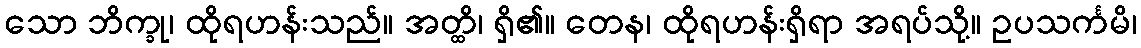
သော ဘိက္ခု၊ ထိုရဟန်းသည်။ အတ္ထိ၊ ရှိ၏။ တေန၊ ထိုရဟန်းရှိရာ အရပ်သို့။ ဥပသင်္ကမိ၊